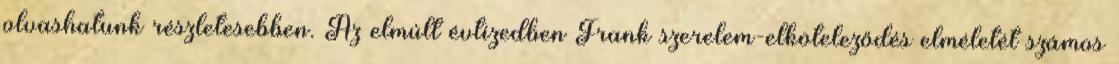
olvashatunk részletesebben. Az elmúlt évtizedben Frank szerelem-elköteleződés elméletét számos